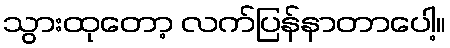
သွားထုတော့ လက်ပြန်နာတာပေါ့။